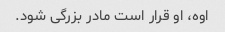
اوه، او قرار است مادر بزرگی شود.